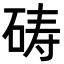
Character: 𪿞